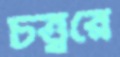
চত্ত্বরে